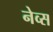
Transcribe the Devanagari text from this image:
नेव्स